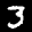
Label: 3